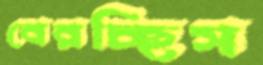
বেরচ্ছিস